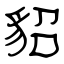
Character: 貂